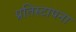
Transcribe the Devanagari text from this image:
प्रतिस्टापना